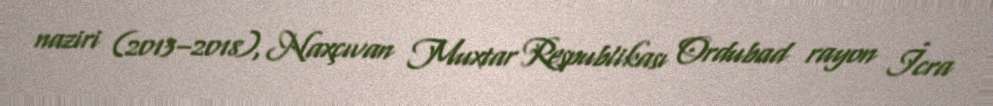
naziri (2013–2018), Naxçıvan Muxtar Respublikası Ordubad rayon İcra